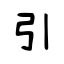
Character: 引